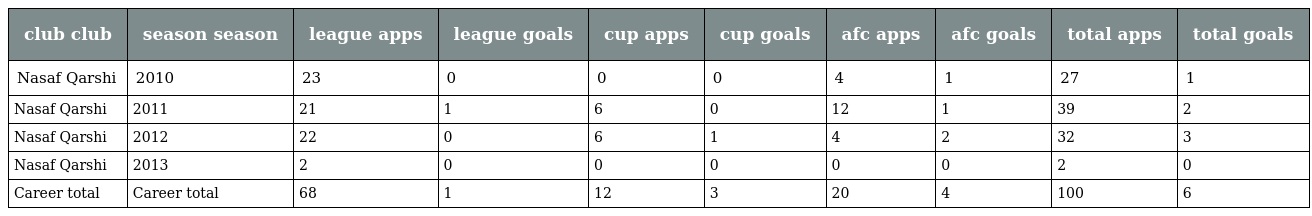
| club club | season season | league apps | league goals | cup apps | cup goals | afc apps | afc goals | total apps | total goals |
 | --- | --- | --- | --- | --- | --- | --- | --- | --- | --- |
 | Nasaf Qarshi | 2010 | 23 | 0 | 0 | 0 | 4 | 1 | 27 | 1 |
 | Nasaf Qarshi | 2011 | 21 | 1 | 6 | 0 | 12 | 1 | 39 | 2 |
 | Nasaf Qarshi | 2012 | 22 | 0 | 6 | 1 | 4 | 2 | 32 | 3 |
 | Nasaf Qarshi | 2013 | 2 | 0 | 0 | 0 | 0 | 0 | 2 | 0 |
 | Career total | Career total | 68 | 1 | 12 | 3 | 20 | 4 | 100 | 6 |